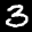
Label: 3